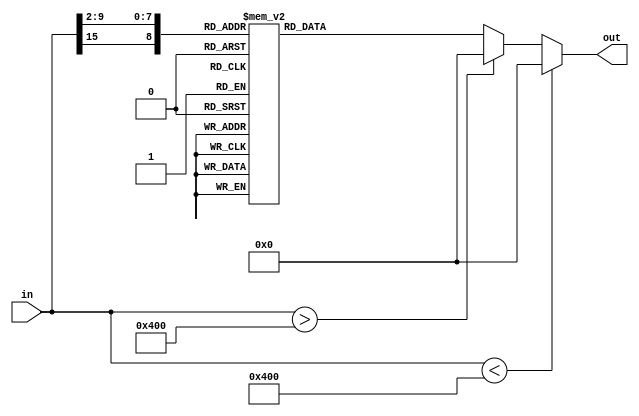
// This program was cloned from: https://github.com/VeriGOOD-ML/public
// License: Apache License 2.0

`timescale 1ns/1ps
module gaussian(
	in,
	out
);

	parameter dataLen = 16;
	parameter indexLen = 9;
	parameter fracLen = 7;

	input signed [dataLen - 1 : 0] in;
	output reg [dataLen - 1 : 0] out;
	reg [indexLen - 1 :0] index;

	always @(in)
	begin
		out = 0;
		if (in < -(8 << 7)) begin
			out = 0;
		end else if (in > (8 << 7)) begin
			out = 0;
		end else begin
		index[8]	= in[15];
		index[7:5]	= in[9:7];
		index[4:0]	= in[6:2];
		case(index)
			9'd256: out = 16'b0000000000000000; // input=-8.0, output=2.05232614558e-56
			9'd257: out = 16'b0000000000000000; // input=-7.96875, output=5.56791540596e-56
			9'd258: out = 16'b0000000000000000; // input=-7.9375, output=1.50467399787e-55
			9'd259: out = 16'b0000000000000000; // input=-7.90625, output=4.05037972923e-55
			9'd260: out = 16'b0000000000000000; // input=-7.875, output=1.0860569595e-54
			9'd261: out = 16'b0000000000000000; // input=-7.84375, output=2.90076804211e-54
			9'd262: out = 16'b0000000000000000; // input=-7.8125, output=7.71750533773e-54
			9'd263: out = 16'b0000000000000000; // input=-7.78125, output=2.04524063202e-53
			9'd264: out = 16'b0000000000000000; // input=-7.75, output=5.39902604918e-53
			9'd265: out = 16'b0000000000000000; // input=-7.71875, output=1.41967838716e-52
			9'd266: out = 16'b0000000000000000; // input=-7.6875, output=3.71850231248e-52
			9'd267: out = 16'b0000000000000000; // input=-7.65625, output=9.70174103983e-52
			9'd268: out = 16'b0000000000000000; // input=-7.625, output=2.52135987788e-51
			9'd269: out = 16'b0000000000000000; // input=-7.59375, output=6.52714911362e-51
			9'd270: out = 16'b0000000000000000; // input=-7.5625, output=1.68312266462e-50
			9'd271: out = 16'b0000000000000000; // input=-7.53125, output=4.32326183636e-50
			9'd272: out = 16'b0000000000000000; // input=-7.5, output=1.10614190997e-49
			9'd273: out = 16'b0000000000000000; // input=-7.46875, output=2.81912084447e-49
			9'd274: out = 16'b0000000000000000; // input=-7.4375, output=7.15681968385e-49
			9'd275: out = 16'b0000000000000000; // input=-7.40625, output=1.80979754616e-48
			9'd276: out = 16'b0000000000000000; // input=-7.375, output=4.55872560131e-48
			9'd277: out = 16'b0000000000000000; // input=-7.34375, output=1.14382726918e-47
			9'd278: out = 16'b0000000000000000; // input=-7.3125, output=2.85878159428e-47
			9'd279: out = 16'b0000000000000000; // input=-7.28125, output=7.1171324113e-47
			9'd280: out = 16'b0000000000000000; // input=-7.25, output=1.76495099492e-46
			9'd281: out = 16'b0000000000000000; // input=-7.21875, output=4.35977216421e-46
			9'd282: out = 16'b0000000000000000; // input=-7.1875, output=1.07274987899e-45
			9'd283: out = 16'b0000000000000000; // input=-7.15625, output=2.62927911298e-45
			9'd284: out = 16'b0000000000000000; // input=-7.125, output=6.41916362084e-45
			9'd285: out = 16'b0000000000000000; // input=-7.09375, output=1.56107488696e-44
			9'd286: out = 16'b0000000000000000; // input=-7.0625, output=3.78157367485e-44
			9'd287: out = 16'b0000000000000000; // input=-7.03125, output=9.12483314748e-44
			9'd288: out = 16'b0000000000000000; // input=-7.0, output=2.19321311878e-43
			9'd289: out = 16'b0000000000000000; // input=-6.96875, output=5.25097892486e-43
			9'd290: out = 16'b0000000000000000; // input=-6.9375, output=1.25228521358e-42
			9'd291: out = 16'b0000000000000000; // input=-6.90625, output=2.97488215993e-42
			9'd292: out = 16'b0000000000000000; // input=-6.875, output=7.03946767599e-42
			9'd293: out = 16'b0000000000000000; // input=-6.84375, output=1.65925604311e-41
			9'd294: out = 16'b0000000000000000; // input=-6.8125, output=3.89574510993e-41
			9'd295: out = 16'b0000000000000000; // input=-6.78125, output=9.11110806056e-41
			9'd296: out = 16'b0000000000000000; // input=-6.75, output=2.12253762783e-40
			9'd297: out = 16'b0000000000000000; // input=-6.71875, output=4.92541848268e-40
			9'd298: out = 16'b0000000000000000; // input=-6.6875, output=1.13850360632e-39
			9'd299: out = 16'b0000000000000000; // input=-6.65625, output=2.62137541904e-39
			9'd300: out = 16'b0000000000000000; // input=-6.625, output=6.0121190522e-39
			9'd301: out = 16'b0000000000000000; // input=-6.59375, output=1.37350251292e-38
			9'd302: out = 16'b0000000000000000; // input=-6.5625, output=3.12561067823e-38
			9'd303: out = 16'b0000000000000000; // input=-6.53125, output=7.08506506176e-38
			9'd304: out = 16'b0000000000000000; // input=-6.5, output=1.5997655514e-37
			9'd305: out = 16'b0000000000000000; // input=-6.46875, output=3.59809292893e-37
			9'd306: out = 16'b0000000000000000; // input=-6.4375, output=8.06105618402e-37
			9'd307: out = 16'b0000000000000000; // input=-6.40625, output=1.79893328563e-36
			9'd308: out = 16'b0000000000000000; // input=-6.375, output=3.99891068444e-36
			9'd309: out = 16'b0000000000000000; // input=-6.34375, output=8.85465996484e-36
			9'd310: out = 16'b0000000000000000; // input=-6.3125, output=1.9530151363e-35
			9'd311: out = 16'b0000000000000000; // input=-6.28125, output=4.29084540294e-35
			9'd312: out = 16'b0000000000000000; // input=-6.25, output=9.39039071595e-35
			9'd313: out = 16'b0000000000000000; // input=-6.21875, output=2.04704785425e-34
			9'd314: out = 16'b0000000000000000; // input=-6.1875, output=4.44504196183e-34
			9'd315: out = 16'b0000000000000000; // input=-6.15625, output=9.61451258101e-34
			9'd316: out = 16'b0000000000000000; // input=-6.125, output=2.07148701924e-33
			9'd317: out = 16'b0000000000000000; // input=-6.09375, output=4.44570557614e-33
			9'd318: out = 16'b0000000000000000; // input=-6.0625, output=9.50391877478e-33
			9'd319: out = 16'b0000000000000000; // input=-6.03125, output=2.02380316897e-32
			9'd320: out = 16'b0000000000000000; // input=-6.0, output=4.29276747133e-32
			9'd321: out = 16'b0000000000000000; // input=-5.96875, output=9.0700565429e-32
			9'd322: out = 16'b0000000000000000; // input=-5.9375, output=1.90891311466e-31
			9'd323: out = 16'b0000000000000000; // input=-5.90625, output=4.00189662571e-31
			9'd324: out = 16'b0000000000000000; // input=-5.875, output=8.35697508909e-31
			9'd325: out = 16'b0000000000000000; // input=-5.84375, output=1.73834465408e-30
			9'd326: out = 16'b0000000000000000; // input=-5.8125, output=3.60185480783e-30
			9'd327: out = 16'b0000000000000000; // input=-5.78125, output=7.43395718253e-30
			9'd328: out = 16'b0000000000000000; // input=-5.75, output=1.52833108232e-29
			9'd329: out = 16'b0000000000000000; // input=-5.71875, output=3.12981287739e-29
			9'd330: out = 16'b0000000000000000; // input=-5.6875, output=6.38444040927e-29
			9'd331: out = 16'b0000000000000000; // input=-5.65625, output=1.29727138784e-28
			9'd332: out = 16'b0000000000000000; // input=-5.625, output=2.62568352123e-28
			9'd333: out = 16'b0000000000000000; // input=-5.59375, output=5.29367719434e-28
			9'd334: out = 16'b0000000000000000; // input=-5.5625, output=1.0631047732e-27
			9'd335: out = 16'b0000000000000000; // input=-5.53125, output=2.12666076412e-27
			9'd336: out = 16'b0000000000000000; // input=-5.5, output=4.23763850702e-27
			9'd337: out = 16'b0000000000000000; // input=-5.46875, output=8.41110648574e-27
			9'd338: out = 16'b0000000000000000; // input=-5.4375, output=1.66297566216e-26
			9'd339: out = 16'b0000000000000000; // input=-5.40625, output=3.27508210893e-26
			9'd340: out = 16'b0000000000000000; // input=-5.375, output=6.42483574324e-26
			9'd341: out = 16'b0000000000000000; // input=-5.34375, output=1.25546729163e-25
			9'd342: out = 16'b0000000000000000; // input=-5.3125, output=2.4437248966e-25
			9'd343: out = 16'b0000000000000000; // input=-5.28125, output=4.73808405983e-25
			9'd344: out = 16'b0000000000000000; // input=-5.25, output=9.15075118104e-25
			9'd345: out = 16'b0000000000000000; // input=-5.21875, output=1.76041179165e-24
			9'd346: out = 16'b0000000000000000; // input=-5.1875, output=3.37345816254e-24
			9'd347: out = 16'b0000000000000000; // input=-5.15625, output=6.43931877481e-24
			9'd348: out = 16'b0000000000000000; // input=-5.125, output=1.22435697305e-23
			9'd349: out = 16'b0000000000000000; // input=-5.09375, output=2.31888776995e-23
			9'd350: out = 16'b0000000000000000; // input=-5.0625, output=4.37476710924e-23
			9'd351: out = 16'b0000000000000000; // input=-5.03125, output=8.22117104008e-23
			9'd352: out = 16'b0000000000000000; // input=-5.0, output=1.53891972534e-22
			9'd353: out = 16'b0000000000000000; // input=-4.96875, output=2.86947064418e-22
			9'd354: out = 16'b0000000000000000; // input=-4.9375, output=5.32955738878e-22
			9'd355: out = 16'b0000000000000000; // input=-4.90625, output=9.86016170148e-22
			9'd356: out = 16'b0000000000000000; // input=-4.875, output=1.8171068624e-21
			9'd357: out = 16'b0000000000000000; // input=-4.84375, output=3.33564970748e-21
			9'd358: out = 16'b0000000000000000; // input=-4.8125, output=6.09935544127e-21
			9'd359: out = 16'b0000000000000000; // input=-4.78125, output=1.11094097589e-20
			9'd360: out = 16'b0000000000000000; // input=-4.75, output=2.01558707886e-20
			9'd361: out = 16'b0000000000000000; // input=-4.71875, output=3.64263522358e-20
			9'd362: out = 16'b0000000000000000; // input=-4.6875, output=6.55742507756e-20
			9'd363: out = 16'b0000000000000000; // input=-4.65625, output=1.17585705385e-19
			9'd364: out = 16'b0000000000000000; // input=-4.625, output=2.10028996599e-19
			9'd365: out = 16'b0000000000000000; // input=-4.59375, output=3.73686598887e-19
			9'd366: out = 16'b0000000000000000; // input=-4.5625, output=6.62276472038e-19
			9'd367: out = 16'b0000000000000000; // input=-4.53125, output=1.1691619338e-18
			9'd368: out = 16'b0000000000000000; // input=-4.5, output=2.05595471433e-18
			9'd369: out = 16'b0000000000000000; // input=-4.46875, output=3.6012722876e-18
			9'd370: out = 16'b0000000000000000; // input=-4.4375, output=6.28350421733e-18
			9'd371: out = 16'b0000000000000000; // input=-4.40625, output=1.09207232111e-17
			9'd372: out = 16'b0000000000000000; // input=-4.375, output=1.89062077638e-17
			9'd373: out = 16'b0000000000000000; // input=-4.34375, output=3.26032571594e-17
			9'd374: out = 16'b0000000000000000; // input=-4.3125, output=5.6004263471e-17
			9'd375: out = 16'b0000000000000000; // input=-4.28125, output=9.58263017897e-17
			9'd376: out = 16'b0000000000000000; // input=-4.25, output=1.63324712633e-16
			9'd377: out = 16'b0000000000000000; // input=-4.21875, output=2.77282598204e-16
			9'd378: out = 16'b0000000000000000; // input=-4.1875, output=4.68917956941e-16
			9'd379: out = 16'b0000000000000000; // input=-4.15625, output=7.89904613881e-16
			9'd380: out = 16'b0000000000000000; // input=-4.125, output=1.32542749119e-15
			9'd381: out = 16'b0000000000000000; // input=-4.09375, output=2.21534227444e-15
			9'd382: out = 16'b0000000000000000; // input=-4.0625, output=3.68832543083e-15
			9'd383: out = 16'b0000000000000000; // input=-4.03125, output=6.11675616292e-15
			9'd384: out = 16'b0000000000000000; // input=-4.0, output=1.01045421671e-14
			9'd385: out = 16'b0000000000000000; // input=-3.96875, output=1.66270671268e-14
			9'd386: out = 16'b0000000000000000; // input=-3.9375, output=2.72532435195e-14
			9'd387: out = 16'b0000000000000000; // input=-3.90625, output=4.44963390508e-14
			9'd388: out = 16'b0000000000000000; // input=-3.875, output=7.23658890223e-14
			9'd389: out = 16'b0000000000000000; // input=-3.84375, output=1.17232239136e-13
			9'd390: out = 16'b0000000000000000; // input=-3.8125, output=1.89175005616e-13
			9'd391: out = 16'b0000000000000000; // input=-3.78125, output=3.04077291445e-13
			9'd392: out = 16'b0000000000000000; // input=-3.75, output=4.86864106606e-13
			9'd393: out = 16'b0000000000000000; // input=-3.71875, output=7.76488565871e-13
			9'd394: out = 16'b0000000000000000; // input=-3.6875, output=1.23357599371e-12
			9'd395: out = 16'b0000000000000000; // input=-3.65625, output=1.95209203954e-12
			9'd396: out = 16'b0000000000000000; // input=-3.625, output=3.07707590112e-12
			9'd397: out = 16'b0000000000000000; // input=-3.59375, output=4.83147419902e-12
			9'd398: out = 16'b0000000000000000; // input=-3.5625, output=7.55656909133e-12
			9'd399: out = 16'b0000000000000000; // input=-3.53125, output=1.17726216712e-11
			9'd400: out = 16'b0000000000000000; // input=-3.5, output=1.82694408167e-11
			9'd401: out = 16'b0000000000000000; // input=-3.46875, output=2.82410512722e-11
			9'd402: out = 16'b0000000000000000; // input=-3.4375, output=4.34850527144e-11
			9'd403: out = 16'b0000000000000000; // input=-3.40625, output=6.66964440085e-11
			9'd404: out = 16'b0000000000000000; // input=-3.375, output=1.01898759177e-10
			9'd405: out = 16'b0000000000000000; // input=-3.34375, output=1.55073878412e-10
			9'd406: out = 16'b0000000000000000; // input=-3.3125, output=2.35077973981e-10
			9'd407: out = 16'b0000000000000000; // input=-3.28125, output=3.54967642802e-10
			9'd408: out = 16'b0000000000000000; // input=-3.25, output=5.33911322953e-10
			9'd409: out = 16'b0000000000000000; // input=-3.21875, output=7.99931931389e-10
			9'd410: out = 16'b0000000000000000; // input=-3.1875, output=1.19382445829e-09
			9'd411: out = 16'b0000000000000000; // input=-3.15625, output=1.77472655813e-09
			9'd412: out = 16'b0000000000000000; // input=-3.125, output=2.62800363631e-09
			9'd413: out = 16'b0000000000000000; // input=-3.09375, output=3.87635918724e-09
			9'd414: out = 16'b0000000000000000; // input=-3.0625, output=5.69541795659e-09
			9'd415: out = 16'b0000000000000000; // input=-3.03125, output=8.33548213617e-09
			9'd416: out = 16'b0000000000000000; // input=-3.0, output=1.21517656996e-08
			9'd417: out = 16'b0000000000000000; // input=-2.96875, output=1.76462158208e-08
			9'd418: out = 16'b0000000000000000; // input=-2.9375, output=2.55250924071e-08
			9'd419: out = 16'b0000000000000000; // input=-2.90625, output=3.67778719754e-08
			9'd420: out = 16'b0000000000000000; // input=-2.875, output=5.27848640714e-08
			9'd421: out = 16'b0000000000000000; // input=-2.84375, output=7.54632935059e-08
			9'd422: out = 16'b0000000000000000; // input=-2.8125, output=1.07464653011e-07
			9'd423: out = 16'b0000000000000000; // input=-2.78125, output=1.52440043186e-07
			9'd424: out = 16'b0000000000000000; // input=-2.75, output=2.15395200851e-07
			9'd425: out = 16'b0000000000000000; // input=-2.71875, output=3.03163225748e-07
			9'd426: out = 16'b0000000000000000; // input=-2.6875, output=4.25030947662e-07
			9'd427: out = 16'b0000000000000000; // input=-2.65625, output=5.93564781242e-07
			9'd428: out = 16'b0000000000000000; // input=-2.625, output=8.25694197726e-07
			9'd429: out = 16'b0000000000000000; // input=-2.59375, output=1.14412606129e-06
			9'd430: out = 16'b0000000000000000; // input=-2.5625, output=1.57918154814e-06
			9'd431: out = 16'b0000000000000000; // input=-2.53125, output=2.17116975587e-06
			9'd432: out = 16'b0000000000000000; // input=-2.5, output=2.97343902947e-06
			9'd433: out = 16'b0000000000000000; // input=-2.46875, output=4.05627911931e-06
			9'd434: out = 16'b0000000000000000; // input=-2.4375, output=5.5118851951e-06
			9'd435: out = 16'b0000000000000000; // input=-2.40625, output=7.46063909651e-06
			9'd436: out = 16'b0000000000000000; // input=-2.375, output=1.00590145772e-05
			9'd437: out = 16'b0000000000000000; // input=-2.34375, output=1.35094721523e-05
			9'd438: out = 16'b0000000000000000; // input=-2.3125, output=1.80727757781e-05
			9'd439: out = 16'b0000000000000000; // input=-2.28125, output=2.40832380116e-05
			9'd440: out = 16'b0000000000000000; // input=-2.25, output=3.19674822138e-05
			9'd441: out = 16'b0000000000000000; // input=-2.21875, output=4.22673990269e-05
			9'd442: out = 16'b0000000000000000; // input=-2.1875, output=5.56680684584e-05
			9'd443: out = 16'b0000000000000000; // input=-2.15625, output=7.30315164609e-05
			9'd444: out = 16'b0000000000000000; // input=-2.125, output=9.54372730824e-05
			9'd445: out = 16'b0000000000000000; // input=-2.09375, output=0.000124230794341
			9'd446: out = 16'b0000000000000000; // input=-2.0625, output=0.000161080897111
			9'd447: out = 16'b0000000000000000; // input=-2.03125, output=0.000208047429535
			9'd448: out = 16'b0000000000000000; // input=-2.0, output=0.00026766045153
			9'd449: out = 16'b0000000000000000; // input=-1.96875, output=0.000343012222389
			9'd450: out = 16'b0000000000000000; // input=-1.9375, output=0.000437863275529
			9'd451: out = 16'b0000000000000000; // input=-1.90625, output=0.000556763793197
			9'd452: out = 16'b0000000000000000; // input=-1.875, output=0.000705191364735
			9'd453: out = 16'b0000000000000000; // input=-1.84375, output=0.000889706008226
			9'd454: out = 16'b0000000000000000; // input=-1.8125, output=0.00111812304446
			9'd455: out = 16'b0000000000000000; // input=-1.78125, output=0.00139970402189
			9'd456: out = 16'b0000000000000000; // input=-1.75, output=0.00174536539009
			9'd457: out = 16'b0000000000000000; // input=-1.71875, output=0.00216790399823
			9'd458: out = 16'b0000000000000000; // input=-1.6875, output=0.00268223774698
			9'd459: out = 16'b0000000000000000; // input=-1.65625, output=0.00330565884481
			9'd460: out = 16'b0000000000000001; // input=-1.625, output=0.0040580961146
			9'd461: out = 16'b0000000000000001; // input=-1.59375, output=0.00496238167221
			9'd462: out = 16'b0000000000000001; // input=-1.5625, output=0.0060445160704
			9'd463: out = 16'b0000000000000001; // input=-1.53125, output=0.00733392469259
			9'd464: out = 16'b0000000000000001; // input=-1.5, output=0.00886369682388
			9'd465: out = 16'b0000000000000001; // input=-1.46875, output=0.0106707974632
			9'd466: out = 16'b0000000000000010; // input=-1.4375, output=0.0127962406214
			9'd467: out = 16'b0000000000000010; // input=-1.40625, output=0.0152852116375
			9'd468: out = 16'b0000000000000010; // input=-1.375, output=0.0181871250032
			9'd469: out = 16'b0000000000000011; // input=-1.34375, output=0.0215556034005
			9'd470: out = 16'b0000000000000011; // input=-1.3125, output=0.0254483631937
			9'd471: out = 16'b0000000000000100; // input=-1.28125, output=0.0299269915718
			9'd472: out = 16'b0000000000000100; // input=-1.25, output=0.0350566009871
			9'd473: out = 16'b0000000000000101; // input=-1.21875, output=0.0409053475456
			9'd474: out = 16'b0000000000000110; // input=-1.1875, output=0.0475438016598
			9'd475: out = 16'b0000000000000111; // input=-1.15625, output=0.0550441616058
			9'd476: out = 16'b0000000000001000; // input=-1.125, output=0.0634793036713
			9'd477: out = 16'b0000000000001001; // input=-1.09375, output=0.0729216663524
			9'd478: out = 16'b0000000000001011; // input=-1.0625, output=0.0834419705127
			9'd479: out = 16'b0000000000001100; // input=-1.03125, output=0.0951077825213
			9'd480: out = 16'b0000000000001110; // input=-1.0, output=0.107981933026
			9'd481: out = 16'b0000000000010000; // input=-0.96875, output=0.122120810082
			9'd482: out = 16'b0000000000010010; // input=-0.9375, output=0.137572551653
			9'd483: out = 16'b0000000000010100; // input=-0.90625, output=0.154375168879
			9'd484: out = 16'b0000000000010110; // input=-0.875, output=0.172554637653
			9'd485: out = 16'b0000000000011001; // input=-0.84375, output=0.19212300181
			9'd486: out = 16'b0000000000011011; // input=-0.8125, output=0.213076536261
			9'd487: out = 16'b0000000000011110; // input=-0.78125, output=0.235394022449
			9'd488: out = 16'b0000000000100001; // input=-0.75, output=0.259035191332
			9'd489: out = 16'b0000000000100100; // input=-0.71875, output=0.28393939041
			9'd490: out = 16'b0000000000101000; // input=-0.6875, output=0.310024530917
			9'd491: out = 16'b0000000000101011; // input=-0.65625, output=0.337186369036
			9'd492: out = 16'b0000000000101111; // input=-0.625, output=0.365298170778
			9'd493: out = 16'b0000000000110010; // input=-0.59375, output=0.394210803837
			9'd494: out = 16'b0000000000110110; // input=-0.5625, output=0.423753291551
			9'd495: out = 16'b0000000000111010; // input=-0.53125, output=0.453733853938
			9'd496: out = 16'b0000000000111110; // input=-0.5, output=0.483941449038
			9'd497: out = 16'b0000000001000010; // input=-0.46875, output=0.514147814693
			9'd498: out = 16'b0000000001000110; // input=-0.4375, output=0.544109996757
			9'd499: out = 16'b0000000001001001; // input=-0.40625, output=0.573573335133
			9'd500: out = 16'b0000000001001101; // input=-0.375, output=0.60227486431
			9'd501: out = 16'b0000000001010001; // input=-0.34375, output=0.629947070853
			9'd502: out = 16'b0000000001010100; // input=-0.3125, output=0.656321937101
			9'd503: out = 16'b0000000001010111; // input=-0.28125, output=0.68113518864
			9'd504: out = 16'b0000000001011010; // input=-0.25, output=0.704130653529
			9'd505: out = 16'b0000000001011101; // input=-0.21875, output=0.725064634081
			9'd506: out = 16'b0000000001011111; // input=-0.1875, output=0.74371018774
			9'd507: out = 16'b0000000001100001; // input=-0.15625, output=0.759861212397
			9'd508: out = 16'b0000000001100011; // input=-0.125, output=0.773336233606
			9'd509: out = 16'b0000000001100100; // input=-0.09375, output=0.783981796505
			9'd510: out = 16'b0000000001100101; // input=-0.0625, output=0.791675373889
			9'd511: out = 16'b0000000001100110; // input=-0.03125, output=0.796327713374
			9'd0: out = 16'b0000000001100110; // input=0.0, output=0.797884560803
			9'd1: out = 16'b0000000001100110; // input=0.03125, output=0.796327713374
			9'd2: out = 16'b0000000001100101; // input=0.0625, output=0.791675373889
			9'd3: out = 16'b0000000001100100; // input=0.09375, output=0.783981796505
			9'd4: out = 16'b0000000001100011; // input=0.125, output=0.773336233606
			9'd5: out = 16'b0000000001100001; // input=0.15625, output=0.759861212397
			9'd6: out = 16'b0000000001011111; // input=0.1875, output=0.74371018774
			9'd7: out = 16'b0000000001011101; // input=0.21875, output=0.725064634081
			9'd8: out = 16'b0000000001011010; // input=0.25, output=0.704130653529
			9'd9: out = 16'b0000000001010111; // input=0.28125, output=0.68113518864
			9'd10: out = 16'b0000000001010100; // input=0.3125, output=0.656321937101
			9'd11: out = 16'b0000000001010001; // input=0.34375, output=0.629947070853
			9'd12: out = 16'b0000000001001101; // input=0.375, output=0.60227486431
			9'd13: out = 16'b0000000001001001; // input=0.40625, output=0.573573335133
			9'd14: out = 16'b0000000001000110; // input=0.4375, output=0.544109996757
			9'd15: out = 16'b0000000001000010; // input=0.46875, output=0.514147814693
			9'd16: out = 16'b0000000000111110; // input=0.5, output=0.483941449038
			9'd17: out = 16'b0000000000111010; // input=0.53125, output=0.453733853938
			9'd18: out = 16'b0000000000110110; // input=0.5625, output=0.423753291551
			9'd19: out = 16'b0000000000110010; // input=0.59375, output=0.394210803837
			9'd20: out = 16'b0000000000101111; // input=0.625, output=0.365298170778
			9'd21: out = 16'b0000000000101011; // input=0.65625, output=0.337186369036
			9'd22: out = 16'b0000000000101000; // input=0.6875, output=0.310024530917
			9'd23: out = 16'b0000000000100100; // input=0.71875, output=0.28393939041
			9'd24: out = 16'b0000000000100001; // input=0.75, output=0.259035191332
			9'd25: out = 16'b0000000000011110; // input=0.78125, output=0.235394022449
			9'd26: out = 16'b0000000000011011; // input=0.8125, output=0.213076536261
			9'd27: out = 16'b0000000000011001; // input=0.84375, output=0.19212300181
			9'd28: out = 16'b0000000000010110; // input=0.875, output=0.172554637653
			9'd29: out = 16'b0000000000010100; // input=0.90625, output=0.154375168879
			9'd30: out = 16'b0000000000010010; // input=0.9375, output=0.137572551653
			9'd31: out = 16'b0000000000010000; // input=0.96875, output=0.122120810082
			9'd32: out = 16'b0000000000001110; // input=1.0, output=0.107981933026
			9'd33: out = 16'b0000000000001100; // input=1.03125, output=0.0951077825213
			9'd34: out = 16'b0000000000001011; // input=1.0625, output=0.0834419705127
			9'd35: out = 16'b0000000000001001; // input=1.09375, output=0.0729216663524
			9'd36: out = 16'b0000000000001000; // input=1.125, output=0.0634793036713
			9'd37: out = 16'b0000000000000111; // input=1.15625, output=0.0550441616058
			9'd38: out = 16'b0000000000000110; // input=1.1875, output=0.0475438016598
			9'd39: out = 16'b0000000000000101; // input=1.21875, output=0.0409053475456
			9'd40: out = 16'b0000000000000100; // input=1.25, output=0.0350566009871
			9'd41: out = 16'b0000000000000100; // input=1.28125, output=0.0299269915718
			9'd42: out = 16'b0000000000000011; // input=1.3125, output=0.0254483631937
			9'd43: out = 16'b0000000000000011; // input=1.34375, output=0.0215556034005
			9'd44: out = 16'b0000000000000010; // input=1.375, output=0.0181871250032
			9'd45: out = 16'b0000000000000010; // input=1.40625, output=0.0152852116375
			9'd46: out = 16'b0000000000000010; // input=1.4375, output=0.0127962406214
			9'd47: out = 16'b0000000000000001; // input=1.46875, output=0.0106707974632
			9'd48: out = 16'b0000000000000001; // input=1.5, output=0.00886369682388
			9'd49: out = 16'b0000000000000001; // input=1.53125, output=0.00733392469259
			9'd50: out = 16'b0000000000000001; // input=1.5625, output=0.0060445160704
			9'd51: out = 16'b0000000000000001; // input=1.59375, output=0.00496238167221
			9'd52: out = 16'b0000000000000001; // input=1.625, output=0.0040580961146
			9'd53: out = 16'b0000000000000000; // input=1.65625, output=0.00330565884481
			9'd54: out = 16'b0000000000000000; // input=1.6875, output=0.00268223774698
			9'd55: out = 16'b0000000000000000; // input=1.71875, output=0.00216790399823
			9'd56: out = 16'b0000000000000000; // input=1.75, output=0.00174536539009
			9'd57: out = 16'b0000000000000000; // input=1.78125, output=0.00139970402189
			9'd58: out = 16'b0000000000000000; // input=1.8125, output=0.00111812304446
			9'd59: out = 16'b0000000000000000; // input=1.84375, output=0.000889706008226
			9'd60: out = 16'b0000000000000000; // input=1.875, output=0.000705191364735
			9'd61: out = 16'b0000000000000000; // input=1.90625, output=0.000556763793197
			9'd62: out = 16'b0000000000000000; // input=1.9375, output=0.000437863275529
			9'd63: out = 16'b0000000000000000; // input=1.96875, output=0.000343012222389
			9'd64: out = 16'b0000000000000000; // input=2.0, output=0.00026766045153
			9'd65: out = 16'b0000000000000000; // input=2.03125, output=0.000208047429535
			9'd66: out = 16'b0000000000000000; // input=2.0625, output=0.000161080897111
			9'd67: out = 16'b0000000000000000; // input=2.09375, output=0.000124230794341
			9'd68: out = 16'b0000000000000000; // input=2.125, output=9.54372730824e-05
			9'd69: out = 16'b0000000000000000; // input=2.15625, output=7.30315164609e-05
			9'd70: out = 16'b0000000000000000; // input=2.1875, output=5.56680684584e-05
			9'd71: out = 16'b0000000000000000; // input=2.21875, output=4.22673990269e-05
			9'd72: out = 16'b0000000000000000; // input=2.25, output=3.19674822138e-05
			9'd73: out = 16'b0000000000000000; // input=2.28125, output=2.40832380116e-05
			9'd74: out = 16'b0000000000000000; // input=2.3125, output=1.80727757781e-05
			9'd75: out = 16'b0000000000000000; // input=2.34375, output=1.35094721523e-05
			9'd76: out = 16'b0000000000000000; // input=2.375, output=1.00590145772e-05
			9'd77: out = 16'b0000000000000000; // input=2.40625, output=7.46063909651e-06
			9'd78: out = 16'b0000000000000000; // input=2.4375, output=5.5118851951e-06
			9'd79: out = 16'b0000000000000000; // input=2.46875, output=4.05627911931e-06
			9'd80: out = 16'b0000000000000000; // input=2.5, output=2.97343902947e-06
			9'd81: out = 16'b0000000000000000; // input=2.53125, output=2.17116975587e-06
			9'd82: out = 16'b0000000000000000; // input=2.5625, output=1.57918154814e-06
			9'd83: out = 16'b0000000000000000; // input=2.59375, output=1.14412606129e-06
			9'd84: out = 16'b0000000000000000; // input=2.625, output=8.25694197726e-07
			9'd85: out = 16'b0000000000000000; // input=2.65625, output=5.93564781242e-07
			9'd86: out = 16'b0000000000000000; // input=2.6875, output=4.25030947662e-07
			9'd87: out = 16'b0000000000000000; // input=2.71875, output=3.03163225748e-07
			9'd88: out = 16'b0000000000000000; // input=2.75, output=2.15395200851e-07
			9'd89: out = 16'b0000000000000000; // input=2.78125, output=1.52440043186e-07
			9'd90: out = 16'b0000000000000000; // input=2.8125, output=1.07464653011e-07
			9'd91: out = 16'b0000000000000000; // input=2.84375, output=7.54632935059e-08
			9'd92: out = 16'b0000000000000000; // input=2.875, output=5.27848640714e-08
			9'd93: out = 16'b0000000000000000; // input=2.90625, output=3.67778719754e-08
			9'd94: out = 16'b0000000000000000; // input=2.9375, output=2.55250924071e-08
			9'd95: out = 16'b0000000000000000; // input=2.96875, output=1.76462158208e-08
			9'd96: out = 16'b0000000000000000; // input=3.0, output=1.21517656996e-08
			9'd97: out = 16'b0000000000000000; // input=3.03125, output=8.33548213617e-09
			9'd98: out = 16'b0000000000000000; // input=3.0625, output=5.69541795659e-09
			9'd99: out = 16'b0000000000000000; // input=3.09375, output=3.87635918724e-09
			9'd100: out = 16'b0000000000000000; // input=3.125, output=2.62800363631e-09
			9'd101: out = 16'b0000000000000000; // input=3.15625, output=1.77472655813e-09
			9'd102: out = 16'b0000000000000000; // input=3.1875, output=1.19382445829e-09
			9'd103: out = 16'b0000000000000000; // input=3.21875, output=7.99931931389e-10
			9'd104: out = 16'b0000000000000000; // input=3.25, output=5.33911322953e-10
			9'd105: out = 16'b0000000000000000; // input=3.28125, output=3.54967642802e-10
			9'd106: out = 16'b0000000000000000; // input=3.3125, output=2.35077973981e-10
			9'd107: out = 16'b0000000000000000; // input=3.34375, output=1.55073878412e-10
			9'd108: out = 16'b0000000000000000; // input=3.375, output=1.01898759177e-10
			9'd109: out = 16'b0000000000000000; // input=3.40625, output=6.66964440085e-11
			9'd110: out = 16'b0000000000000000; // input=3.4375, output=4.34850527144e-11
			9'd111: out = 16'b0000000000000000; // input=3.46875, output=2.82410512722e-11
			9'd112: out = 16'b0000000000000000; // input=3.5, output=1.82694408167e-11
			9'd113: out = 16'b0000000000000000; // input=3.53125, output=1.17726216712e-11
			9'd114: out = 16'b0000000000000000; // input=3.5625, output=7.55656909133e-12
			9'd115: out = 16'b0000000000000000; // input=3.59375, output=4.83147419902e-12
			9'd116: out = 16'b0000000000000000; // input=3.625, output=3.07707590112e-12
			9'd117: out = 16'b0000000000000000; // input=3.65625, output=1.95209203954e-12
			9'd118: out = 16'b0000000000000000; // input=3.6875, output=1.23357599371e-12
			9'd119: out = 16'b0000000000000000; // input=3.71875, output=7.76488565871e-13
			9'd120: out = 16'b0000000000000000; // input=3.75, output=4.86864106606e-13
			9'd121: out = 16'b0000000000000000; // input=3.78125, output=3.04077291445e-13
			9'd122: out = 16'b0000000000000000; // input=3.8125, output=1.89175005616e-13
			9'd123: out = 16'b0000000000000000; // input=3.84375, output=1.17232239136e-13
			9'd124: out = 16'b0000000000000000; // input=3.875, output=7.23658890223e-14
			9'd125: out = 16'b0000000000000000; // input=3.90625, output=4.44963390508e-14
			9'd126: out = 16'b0000000000000000; // input=3.9375, output=2.72532435195e-14
			9'd127: out = 16'b0000000000000000; // input=3.96875, output=1.66270671268e-14
			9'd128: out = 16'b0000000000000000; // input=4.0, output=1.01045421671e-14
			9'd129: out = 16'b0000000000000000; // input=4.03125, output=6.11675616292e-15
			9'd130: out = 16'b0000000000000000; // input=4.0625, output=3.68832543083e-15
			9'd131: out = 16'b0000000000000000; // input=4.09375, output=2.21534227444e-15
			9'd132: out = 16'b0000000000000000; // input=4.125, output=1.32542749119e-15
			9'd133: out = 16'b0000000000000000; // input=4.15625, output=7.89904613881e-16
			9'd134: out = 16'b0000000000000000; // input=4.1875, output=4.68917956941e-16
			9'd135: out = 16'b0000000000000000; // input=4.21875, output=2.77282598204e-16
			9'd136: out = 16'b0000000000000000; // input=4.25, output=1.63324712633e-16
			9'd137: out = 16'b0000000000000000; // input=4.28125, output=9.58263017897e-17
			9'd138: out = 16'b0000000000000000; // input=4.3125, output=5.6004263471e-17
			9'd139: out = 16'b0000000000000000; // input=4.34375, output=3.26032571594e-17
			9'd140: out = 16'b0000000000000000; // input=4.375, output=1.89062077638e-17
			9'd141: out = 16'b0000000000000000; // input=4.40625, output=1.09207232111e-17
			9'd142: out = 16'b0000000000000000; // input=4.4375, output=6.28350421733e-18
			9'd143: out = 16'b0000000000000000; // input=4.46875, output=3.6012722876e-18
			9'd144: out = 16'b0000000000000000; // input=4.5, output=2.05595471433e-18
			9'd145: out = 16'b0000000000000000; // input=4.53125, output=1.1691619338e-18
			9'd146: out = 16'b0000000000000000; // input=4.5625, output=6.62276472038e-19
			9'd147: out = 16'b0000000000000000; // input=4.59375, output=3.73686598887e-19
			9'd148: out = 16'b0000000000000000; // input=4.625, output=2.10028996599e-19
			9'd149: out = 16'b0000000000000000; // input=4.65625, output=1.17585705385e-19
			9'd150: out = 16'b0000000000000000; // input=4.6875, output=6.55742507756e-20
			9'd151: out = 16'b0000000000000000; // input=4.71875, output=3.64263522358e-20
			9'd152: out = 16'b0000000000000000; // input=4.75, output=2.01558707886e-20
			9'd153: out = 16'b0000000000000000; // input=4.78125, output=1.11094097589e-20
			9'd154: out = 16'b0000000000000000; // input=4.8125, output=6.09935544127e-21
			9'd155: out = 16'b0000000000000000; // input=4.84375, output=3.33564970748e-21
			9'd156: out = 16'b0000000000000000; // input=4.875, output=1.8171068624e-21
			9'd157: out = 16'b0000000000000000; // input=4.90625, output=9.86016170148e-22
			9'd158: out = 16'b0000000000000000; // input=4.9375, output=5.32955738878e-22
			9'd159: out = 16'b0000000000000000; // input=4.96875, output=2.86947064418e-22
			9'd160: out = 16'b0000000000000000; // input=5.0, output=1.53891972534e-22
			9'd161: out = 16'b0000000000000000; // input=5.03125, output=8.22117104008e-23
			9'd162: out = 16'b0000000000000000; // input=5.0625, output=4.37476710924e-23
			9'd163: out = 16'b0000000000000000; // input=5.09375, output=2.31888776995e-23
			9'd164: out = 16'b0000000000000000; // input=5.125, output=1.22435697305e-23
			9'd165: out = 16'b0000000000000000; // input=5.15625, output=6.43931877481e-24
			9'd166: out = 16'b0000000000000000; // input=5.1875, output=3.37345816254e-24
			9'd167: out = 16'b0000000000000000; // input=5.21875, output=1.76041179165e-24
			9'd168: out = 16'b0000000000000000; // input=5.25, output=9.15075118104e-25
			9'd169: out = 16'b0000000000000000; // input=5.28125, output=4.73808405983e-25
			9'd170: out = 16'b0000000000000000; // input=5.3125, output=2.4437248966e-25
			9'd171: out = 16'b0000000000000000; // input=5.34375, output=1.25546729163e-25
			9'd172: out = 16'b0000000000000000; // input=5.375, output=6.42483574324e-26
			9'd173: out = 16'b0000000000000000; // input=5.40625, output=3.27508210893e-26
			9'd174: out = 16'b0000000000000000; // input=5.4375, output=1.66297566216e-26
			9'd175: out = 16'b0000000000000000; // input=5.46875, output=8.41110648574e-27
			9'd176: out = 16'b0000000000000000; // input=5.5, output=4.23763850702e-27
			9'd177: out = 16'b0000000000000000; // input=5.53125, output=2.12666076412e-27
			9'd178: out = 16'b0000000000000000; // input=5.5625, output=1.0631047732e-27
			9'd179: out = 16'b0000000000000000; // input=5.59375, output=5.29367719434e-28
			9'd180: out = 16'b0000000000000000; // input=5.625, output=2.62568352123e-28
			9'd181: out = 16'b0000000000000000; // input=5.65625, output=1.29727138784e-28
			9'd182: out = 16'b0000000000000000; // input=5.6875, output=6.38444040927e-29
			9'd183: out = 16'b0000000000000000; // input=5.71875, output=3.12981287739e-29
			9'd184: out = 16'b0000000000000000; // input=5.75, output=1.52833108232e-29
			9'd185: out = 16'b0000000000000000; // input=5.78125, output=7.43395718253e-30
			9'd186: out = 16'b0000000000000000; // input=5.8125, output=3.60185480783e-30
			9'd187: out = 16'b0000000000000000; // input=5.84375, output=1.73834465408e-30
			9'd188: out = 16'b0000000000000000; // input=5.875, output=8.35697508909e-31
			9'd189: out = 16'b0000000000000000; // input=5.90625, output=4.00189662571e-31
			9'd190: out = 16'b0000000000000000; // input=5.9375, output=1.90891311466e-31
			9'd191: out = 16'b0000000000000000; // input=5.96875, output=9.0700565429e-32
			9'd192: out = 16'b0000000000000000; // input=6.0, output=4.29276747133e-32
			9'd193: out = 16'b0000000000000000; // input=6.03125, output=2.02380316897e-32
			9'd194: out = 16'b0000000000000000; // input=6.0625, output=9.50391877478e-33
			9'd195: out = 16'b0000000000000000; // input=6.09375, output=4.44570557614e-33
			9'd196: out = 16'b0000000000000000; // input=6.125, output=2.07148701924e-33
			9'd197: out = 16'b0000000000000000; // input=6.15625, output=9.61451258101e-34
			9'd198: out = 16'b0000000000000000; // input=6.1875, output=4.44504196183e-34
			9'd199: out = 16'b0000000000000000; // input=6.21875, output=2.04704785425e-34
			9'd200: out = 16'b0000000000000000; // input=6.25, output=9.39039071595e-35
			9'd201: out = 16'b0000000000000000; // input=6.28125, output=4.29084540294e-35
			9'd202: out = 16'b0000000000000000; // input=6.3125, output=1.9530151363e-35
			9'd203: out = 16'b0000000000000000; // input=6.34375, output=8.85465996484e-36
			9'd204: out = 16'b0000000000000000; // input=6.375, output=3.99891068444e-36
			9'd205: out = 16'b0000000000000000; // input=6.40625, output=1.79893328563e-36
			9'd206: out = 16'b0000000000000000; // input=6.4375, output=8.06105618402e-37
			9'd207: out = 16'b0000000000000000; // input=6.46875, output=3.59809292893e-37
			9'd208: out = 16'b0000000000000000; // input=6.5, output=1.5997655514e-37
			9'd209: out = 16'b0000000000000000; // input=6.53125, output=7.08506506176e-38
			9'd210: out = 16'b0000000000000000; // input=6.5625, output=3.12561067823e-38
			9'd211: out = 16'b0000000000000000; // input=6.59375, output=1.37350251292e-38
			9'd212: out = 16'b0000000000000000; // input=6.625, output=6.0121190522e-39
			9'd213: out = 16'b0000000000000000; // input=6.65625, output=2.62137541904e-39
			9'd214: out = 16'b0000000000000000; // input=6.6875, output=1.13850360632e-39
			9'd215: out = 16'b0000000000000000; // input=6.71875, output=4.92541848268e-40
			9'd216: out = 16'b0000000000000000; // input=6.75, output=2.12253762783e-40
			9'd217: out = 16'b0000000000000000; // input=6.78125, output=9.11110806056e-41
			9'd218: out = 16'b0000000000000000; // input=6.8125, output=3.89574510993e-41
			9'd219: out = 16'b0000000000000000; // input=6.84375, output=1.65925604311e-41
			9'd220: out = 16'b0000000000000000; // input=6.875, output=7.03946767599e-42
			9'd221: out = 16'b0000000000000000; // input=6.90625, output=2.97488215993e-42
			9'd222: out = 16'b0000000000000000; // input=6.9375, output=1.25228521358e-42
			9'd223: out = 16'b0000000000000000; // input=6.96875, output=5.25097892486e-43
			9'd224: out = 16'b0000000000000000; // input=7.0, output=2.19321311878e-43
			9'd225: out = 16'b0000000000000000; // input=7.03125, output=9.12483314748e-44
			9'd226: out = 16'b0000000000000000; // input=7.0625, output=3.78157367485e-44
			9'd227: out = 16'b0000000000000000; // input=7.09375, output=1.56107488696e-44
			9'd228: out = 16'b0000000000000000; // input=7.125, output=6.41916362084e-45
			9'd229: out = 16'b0000000000000000; // input=7.15625, output=2.62927911298e-45
			9'd230: out = 16'b0000000000000000; // input=7.1875, output=1.07274987899e-45
			9'd231: out = 16'b0000000000000000; // input=7.21875, output=4.35977216421e-46
			9'd232: out = 16'b0000000000000000; // input=7.25, output=1.76495099492e-46
			9'd233: out = 16'b0000000000000000; // input=7.28125, output=7.1171324113e-47
			9'd234: out = 16'b0000000000000000; // input=7.3125, output=2.85878159428e-47
			9'd235: out = 16'b0000000000000000; // input=7.34375, output=1.14382726918e-47
			9'd236: out = 16'b0000000000000000; // input=7.375, output=4.55872560131e-48
			9'd237: out = 16'b0000000000000000; // input=7.40625, output=1.80979754616e-48
			9'd238: out = 16'b0000000000000000; // input=7.4375, output=7.15681968385e-49
			9'd239: out = 16'b0000000000000000; // input=7.46875, output=2.81912084447e-49
			9'd240: out = 16'b0000000000000000; // input=7.5, output=1.10614190997e-49
			9'd241: out = 16'b0000000000000000; // input=7.53125, output=4.32326183636e-50
			9'd242: out = 16'b0000000000000000; // input=7.5625, output=1.68312266462e-50
			9'd243: out = 16'b0000000000000000; // input=7.59375, output=6.52714911362e-51
			9'd244: out = 16'b0000000000000000; // input=7.625, output=2.52135987788e-51
			9'd245: out = 16'b0000000000000000; // input=7.65625, output=9.70174103983e-52
			9'd246: out = 16'b0000000000000000; // input=7.6875, output=3.71850231248e-52
			9'd247: out = 16'b0000000000000000; // input=7.71875, output=1.41967838716e-52
			9'd248: out = 16'b0000000000000000; // input=7.75, output=5.39902604918e-53
			9'd249: out = 16'b0000000000000000; // input=7.78125, output=2.04524063202e-53
			9'd250: out = 16'b0000000000000000; // input=7.8125, output=7.71750533773e-54
			9'd251: out = 16'b0000000000000000; // input=7.84375, output=2.90076804211e-54
			9'd252: out = 16'b0000000000000000; // input=7.875, output=1.0860569595e-54
			9'd253: out = 16'b0000000000000000; // input=7.90625, output=4.05037972923e-55
			9'd254: out = 16'b0000000000000000; // input=7.9375, output=1.50467399787e-55
			9'd255: out = 16'b0000000000000000; // input=7.96875, output=5.56791540596e-56
		endcase
		end
	end
endmodule